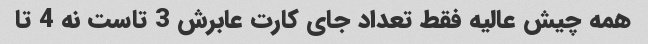
همه چیش عالیه فقط تعداد جای کارت عابرش 3 تاست نه 4 تا